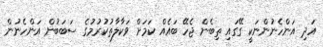
އަދި އަންހެނުންނަކީ ގޭގައި ތިބެން ޖެހޭ ބައެއް ކަމަށް ވަކާލާތުކުރުމުގެ ސަބަބުން އަންހެނުން